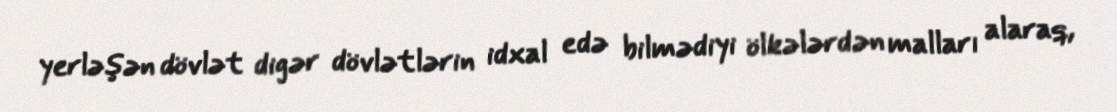
yerləşən dövlət digər dövlətlərin idxal edə bilmədiyi ölkələrdən malları alaraq,